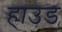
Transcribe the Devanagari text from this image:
हाउड